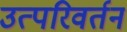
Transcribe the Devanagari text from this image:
उत्परिवर्तन